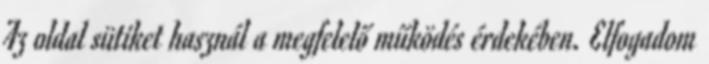
Az oldal sütiket használ a megfelelő működés érdekében. Elfogadom